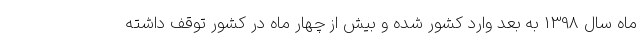
ماه سال 1398 به بعد وارد کشور شده و بیش از چهار ماه در کشور توقف داشته